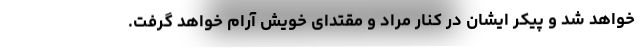
خواهد شد و پیکر ایشان در کنار مراد و مقتدای خویش آرام خواهد گرفت.